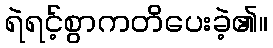
ရဲရင့်စွာကတိပေးခဲ့၏။